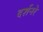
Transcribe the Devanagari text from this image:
दर्शनरे